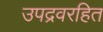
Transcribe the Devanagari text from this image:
उपद्रवरहित